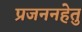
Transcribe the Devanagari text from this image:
प्रजननहेतु